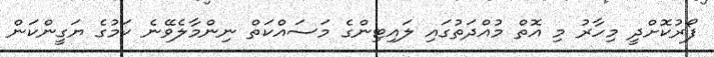
ފޯރުކޮށްދީ މިހާރު މި އޮތް މުއްދަތުގައި ލައިޓިންގެ މަސައްކަތް ނިންމާލެވޭނެ ކަމުގެ ޔަގީންކަން